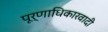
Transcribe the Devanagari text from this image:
पूर्णाधिकारवादी